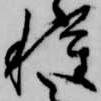
種